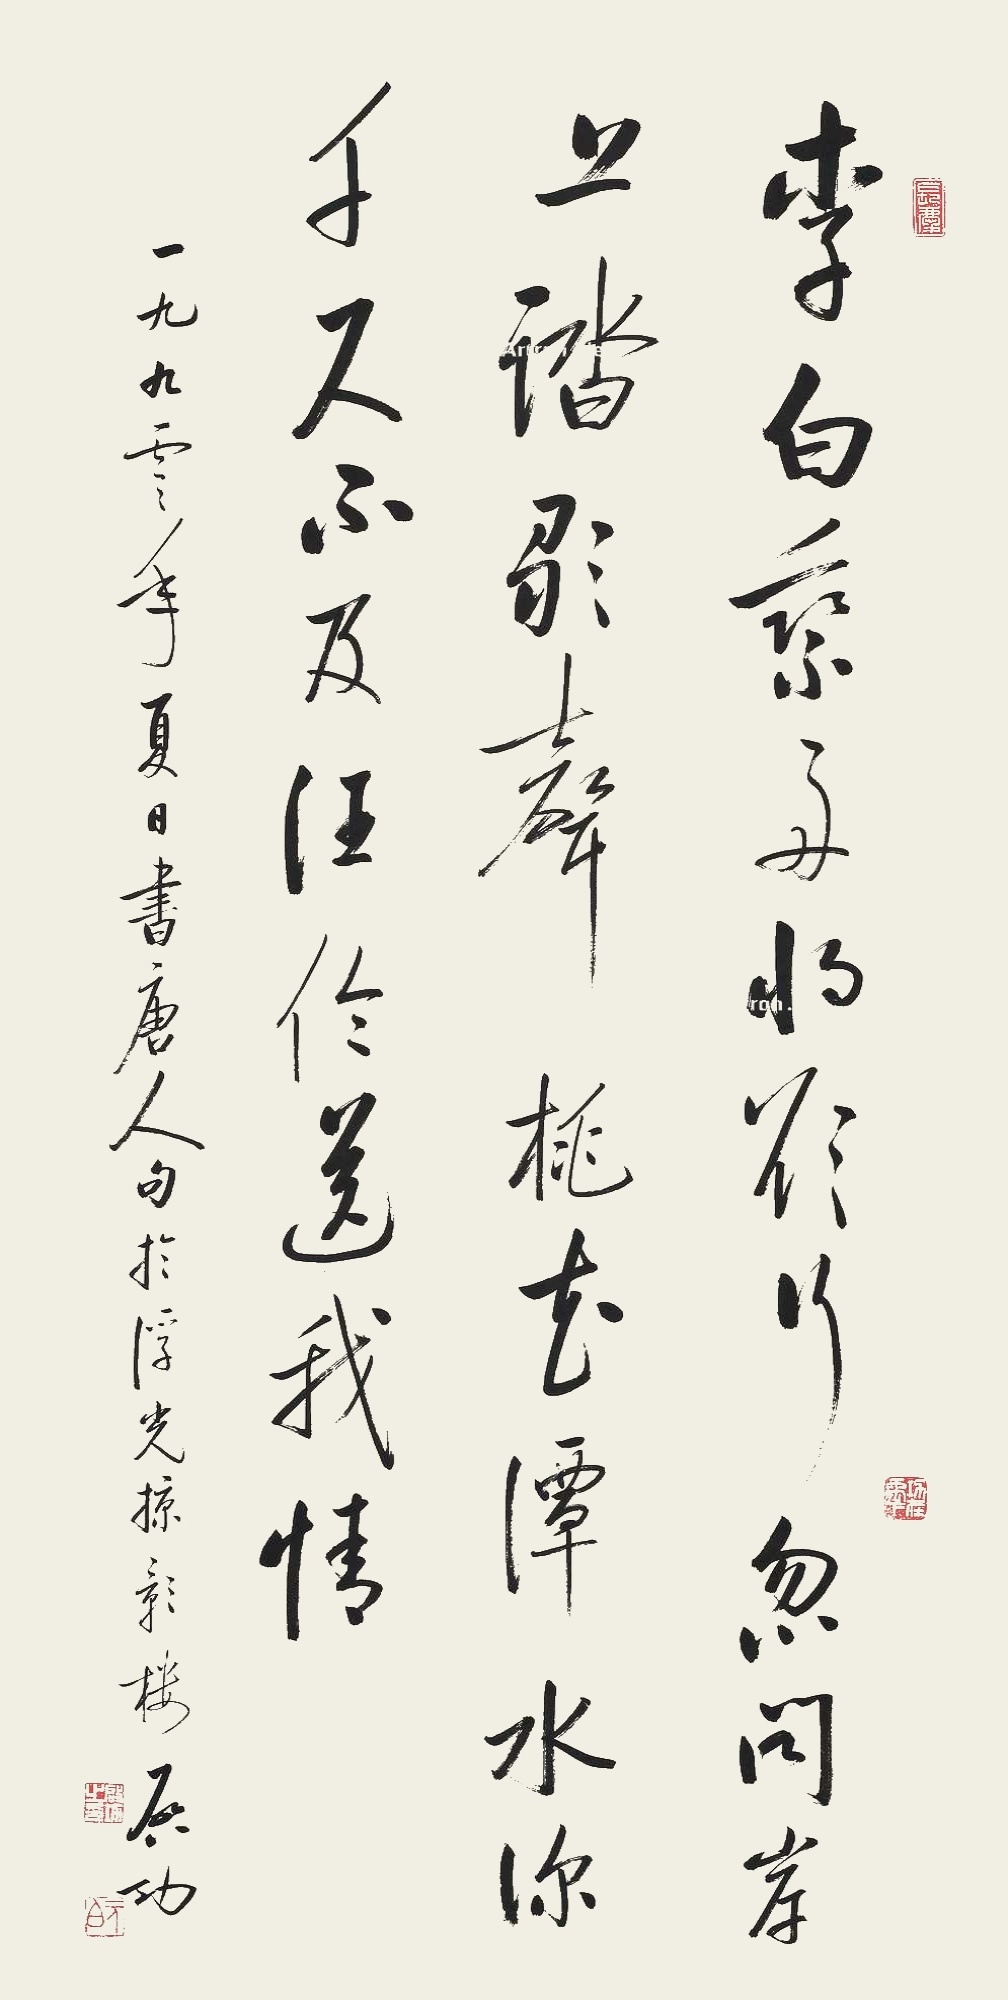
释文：李白乘舟将欲行，忽闻岸上踏歌声。桃花潭水深千尺，不及汪伦送我情。一九九零年夏日书唐人句于浮光掠影楼，启功。